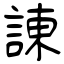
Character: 諌